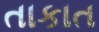
તાકાત